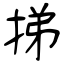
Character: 挮